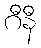
ဂီနီ